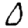
Digit: 0